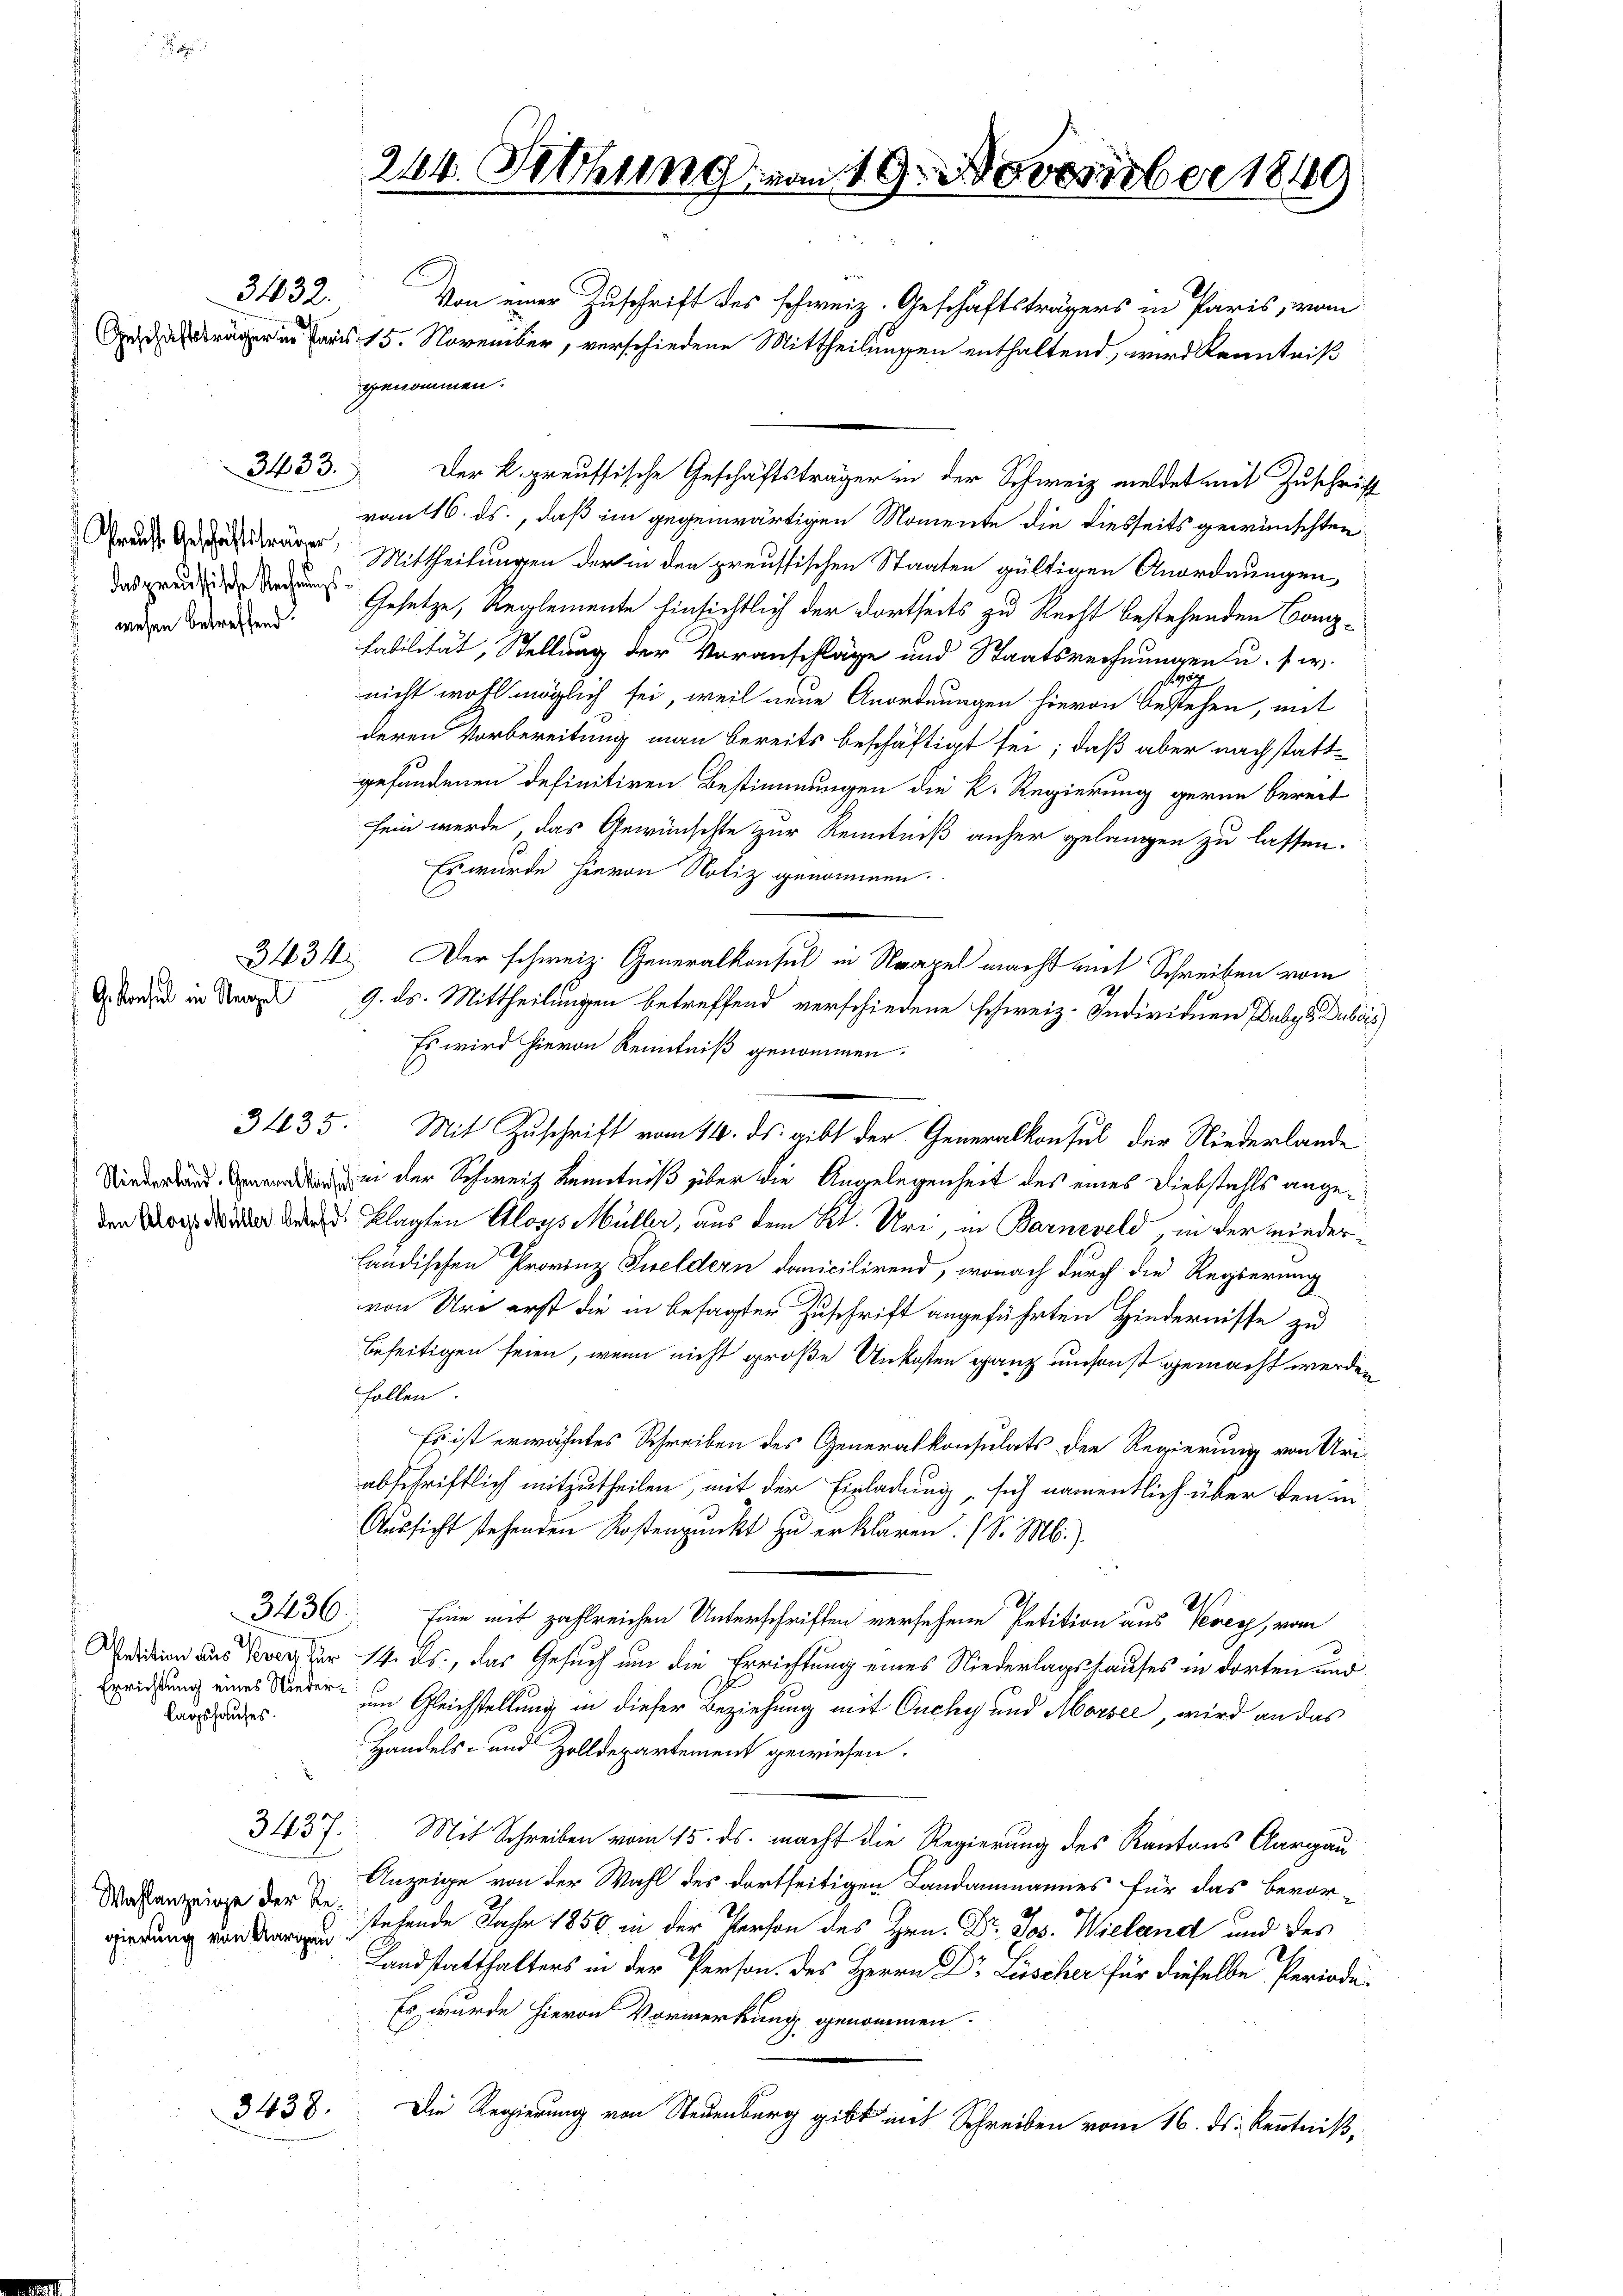
wesen betreffend.

Gekonseil in Neapel

3432.

3433.

Errichtung eines Niederlagshauses.

Wahlanzeige der Re¬

3438.

244. Setzung von 19. November 1849

Von einer Zuschrift des schweiz. Geschäftsträgers in Paris, von
An derger in Paris 15. November, verschiedene Mittheilungen enthaltend, wird Kenntniß
genommen.
Der K. preussische Geschäftsträger in der Schweiz meldet mit Zuschrift
vom 116. ds., daß im gegenwärtigen Momente die diesseits gewünschten
Wanderäger, Mittheilungen der in den preussischen Staaten gültigen Anordnungen,
 Gesetze, Reglemente hinsichtlich der dortseits zu Recht bestehenden Canzfabilität, Stellung der Voranschläge und Staatsrechnungen u. s. w.
zöge
nicht wohl möglich sei, weil neue Anordnungen hievon bestehen, mit
deren Vorbereitung man bereits beschäftigt sei; daß aber nachstattgefundenen definitiven Bestimmungen die k. Regierung gerne bereit
sein werde, das Gewünschte zur Kenntniß anher gelangen zu lassen.
Es würde hievon Notiz genommen.
3431. Der schweiz. Generalkonsul in Neapel macht mit Schreiben vom
9. ds. Mittheilungen betreffend verschiedene schweiz. Individuen Dubgu Dubois
Es wird hievon Kenntniß genommen.
3435. Mit Zuschrift vom 14. ds. gibt der Generalkonsul der Niederlande
 der Schweiz Kenntniß über die Angelegenheit des eines Diebstahls ange¬
 klagten Aloys Müller, aus dem Kt. Uri, in Barnzgeld, in der wiederländischen Provinz Geldern danicilirend, wonach durch die Regierung
von Uri erst die in besagter Zuschrift angeführten Hindernisse zu
beseitigen seien, wenn nicht große Unkosten ganz umsonst gemacht werden
follen.
Es ist erwähntes Schreiben des Generalkonsulats der Regierung von Uri-
abschriftlich mitzutheilen, mit der Einladung, sich namentlich über den in
Aussicht stehenden Kostenpunkt zu erklären. (S. M.)
3430; Eine mit zahlreichen Unterschriften versehene Petition aus Verer, vom
edition aus er für 14. ds., das Gesuch um die Errichtung eines Niederlagshauses in dorten und
um Gleichstellung in dieser Beziehung mit Ouchy und Aborsee, wird an das
Handels- und Zolldepartement gewiesen.
31437. Mit Schreiben vom 15. ds. macht die Regierung des Kantons Aargau
Anzeige von der Wahl des dortseitigen Landammannes für das bevor-
wiredung von war u stehende Jahr 1850 in der Person des Hrn. Dr. Jos. Wieland und des
Landstatthalters in der Person. des Herrn Dr Lüscher für dieselbe Periode¬
Es wurde hievon Vormerkung genommen.
Die Regierung von Neuenburg gibt mit Schreiben vom 16. ds. Kenntniß,